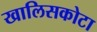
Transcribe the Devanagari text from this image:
खालिसकोटा